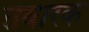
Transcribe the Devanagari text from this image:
तबारक